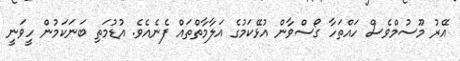
އޭރު މޫސުމްވެސް ހައްތަހާ ގޯސްވާން އުޅޭކަމުގެ އަލާމާތްތައް ފެނެއެވެ. އުޑުމަތި ބަނަކަމުން ހީވަނީ